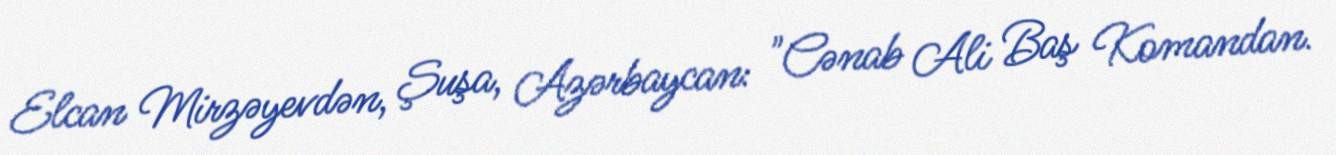
Elcan Mirzəyevdən, Şuşa, Azərbaycan: "Cənab Ali Baş Komandan.